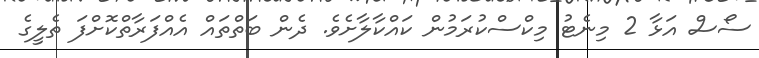
ސޯސް އަޅާ 2 މިނެޓު މިކްސްކުރަމުން ކައްކާލާށެވެ. ދެން ބަތްތައް އެއްފަރާތްކޮށްފަ ތެލީގެ